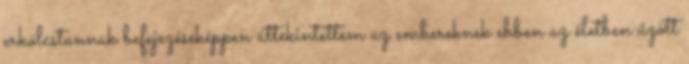
erkölcstannak befejezéseképpen áttekintettem az embereknek ebben az életben űzött